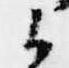
候